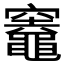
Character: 𥩋